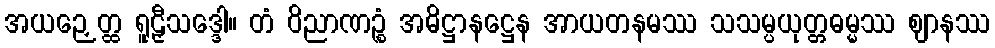
အယဉှေတ္ထ ရူဠှီသဒ္ဒေါ။ တံ ဝိညာဏဉ္စံ အဓိဋ္ဌာနဋ္ဌေန အာယတနမဿ သသမ္ပယုတ္တဓမ္မဿ ဈာနဿ